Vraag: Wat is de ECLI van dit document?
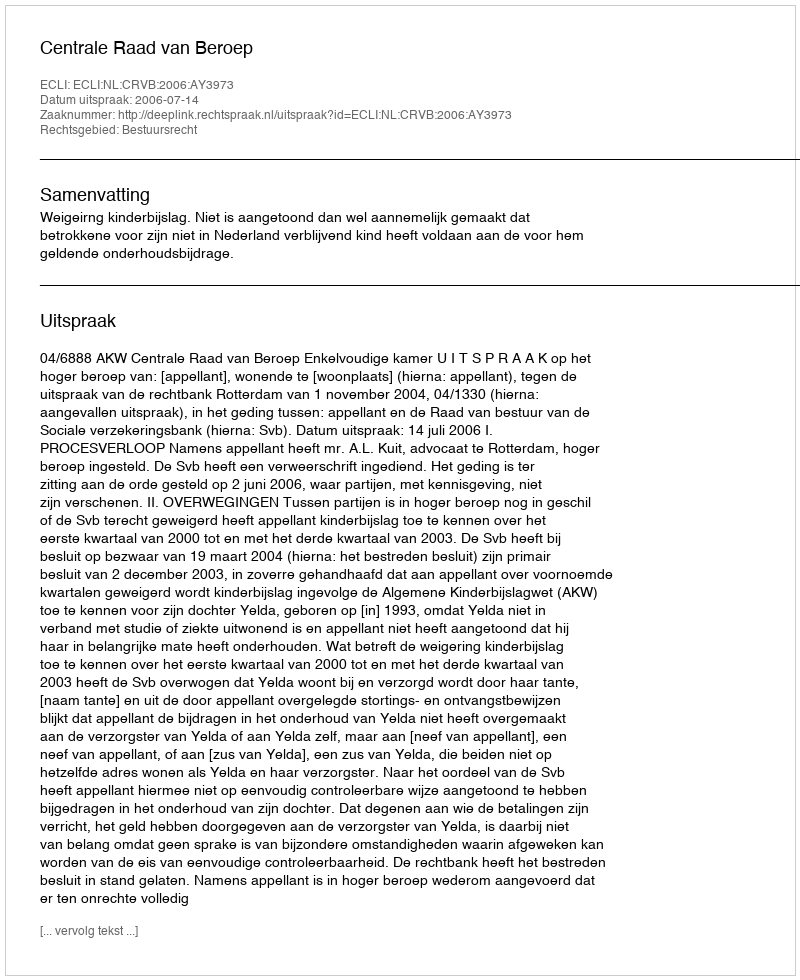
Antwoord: ECLI:NL:CRVB:2006:AY3973